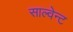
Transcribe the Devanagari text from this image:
साल्वेन्ट